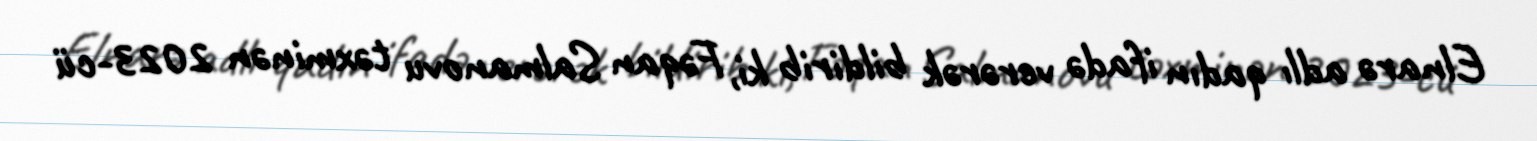
Elnarə adlı qadın ifadə verərək bildirib ki, Fəqan Salmanovu təxminən 2023-cü